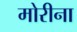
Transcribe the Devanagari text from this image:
मोरीना